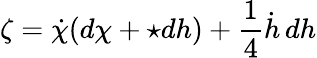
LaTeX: \zeta=\dot{\chi}(d\chi+\star dh)+\frac{1}{4}\dot{h}\, dh